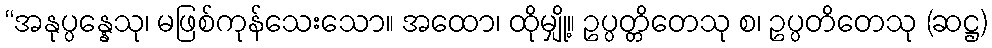
“အနုပ္ပန္နေသု၊ မဖြစ်ကုန်သေးသော။ အထော၊ ထိုမျှို့။ ဥပ္ပတ္တိတေသု စ၊ ဥပ္ပတိတေသု (ဆဋ္ဌ)